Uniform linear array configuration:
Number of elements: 64
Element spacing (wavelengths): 0.75
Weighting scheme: binomial
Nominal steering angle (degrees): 60
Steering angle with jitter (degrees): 59.228
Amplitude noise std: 0.05
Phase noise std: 0.05

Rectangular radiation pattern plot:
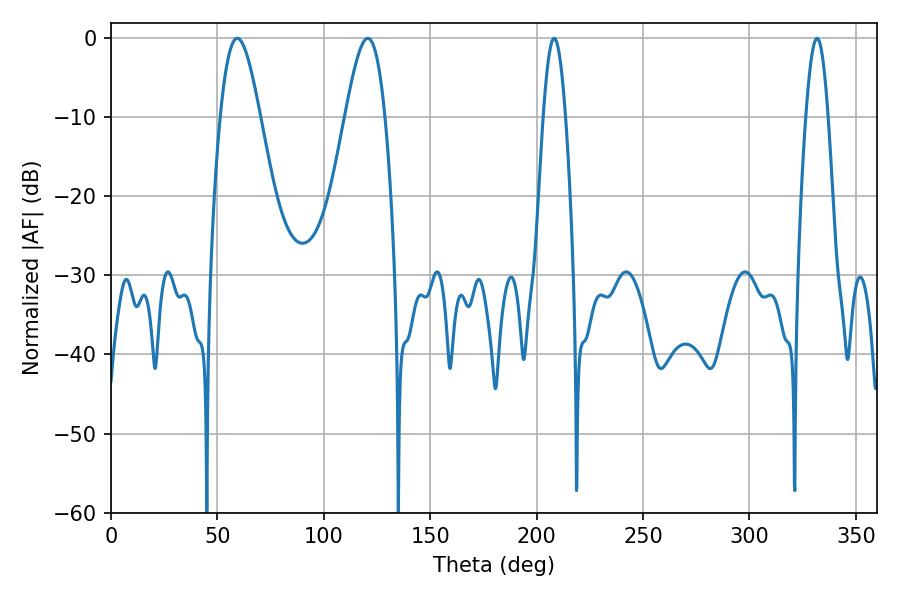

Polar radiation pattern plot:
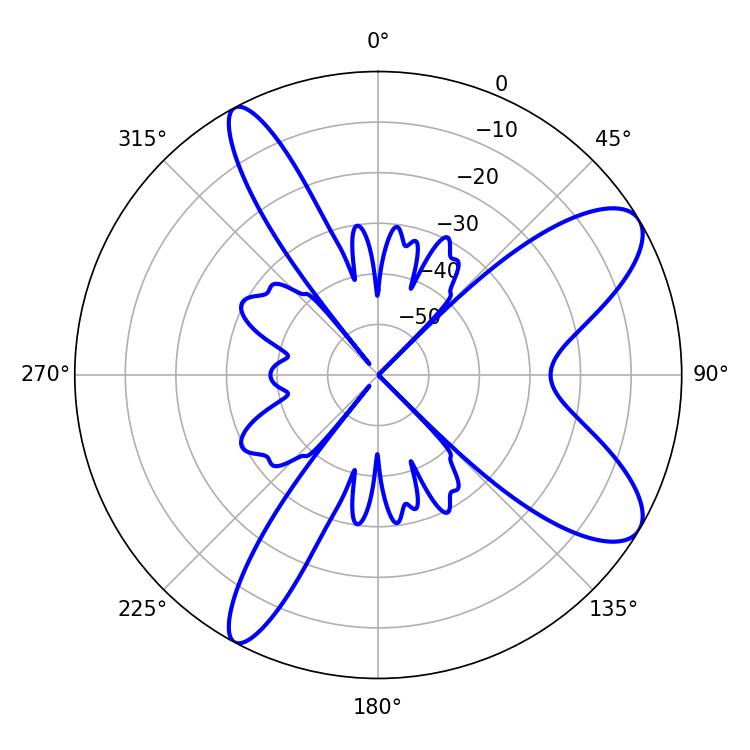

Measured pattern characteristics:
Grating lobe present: TRUE
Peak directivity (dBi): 9.362
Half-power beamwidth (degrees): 5.76
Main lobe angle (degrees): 208.26